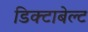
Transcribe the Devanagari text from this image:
डिक्टाबेल्ट